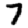
Digit: 7